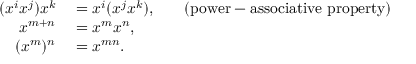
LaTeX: \begin{array} { r l r l } { ( x ^ { i } x ^ { j } ) x ^ { k } } & { { } = x ^ { i } ( x ^ { j } x ^ { k } ) , } & { } & { { } { \mathrm { ( p o w e r - a s s o c i a t i v e ~ p r o p e r t y ) } } } \\ { x ^ { m + n } } & { { } = x ^ { m } x ^ { n } , } \\ { ( x ^ { m } ) ^ { n } } & { { } = x ^ { m n } . } \end{array}